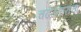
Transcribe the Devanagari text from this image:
चढउतारांचा